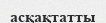
асқақтатты